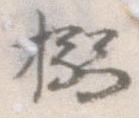
搦